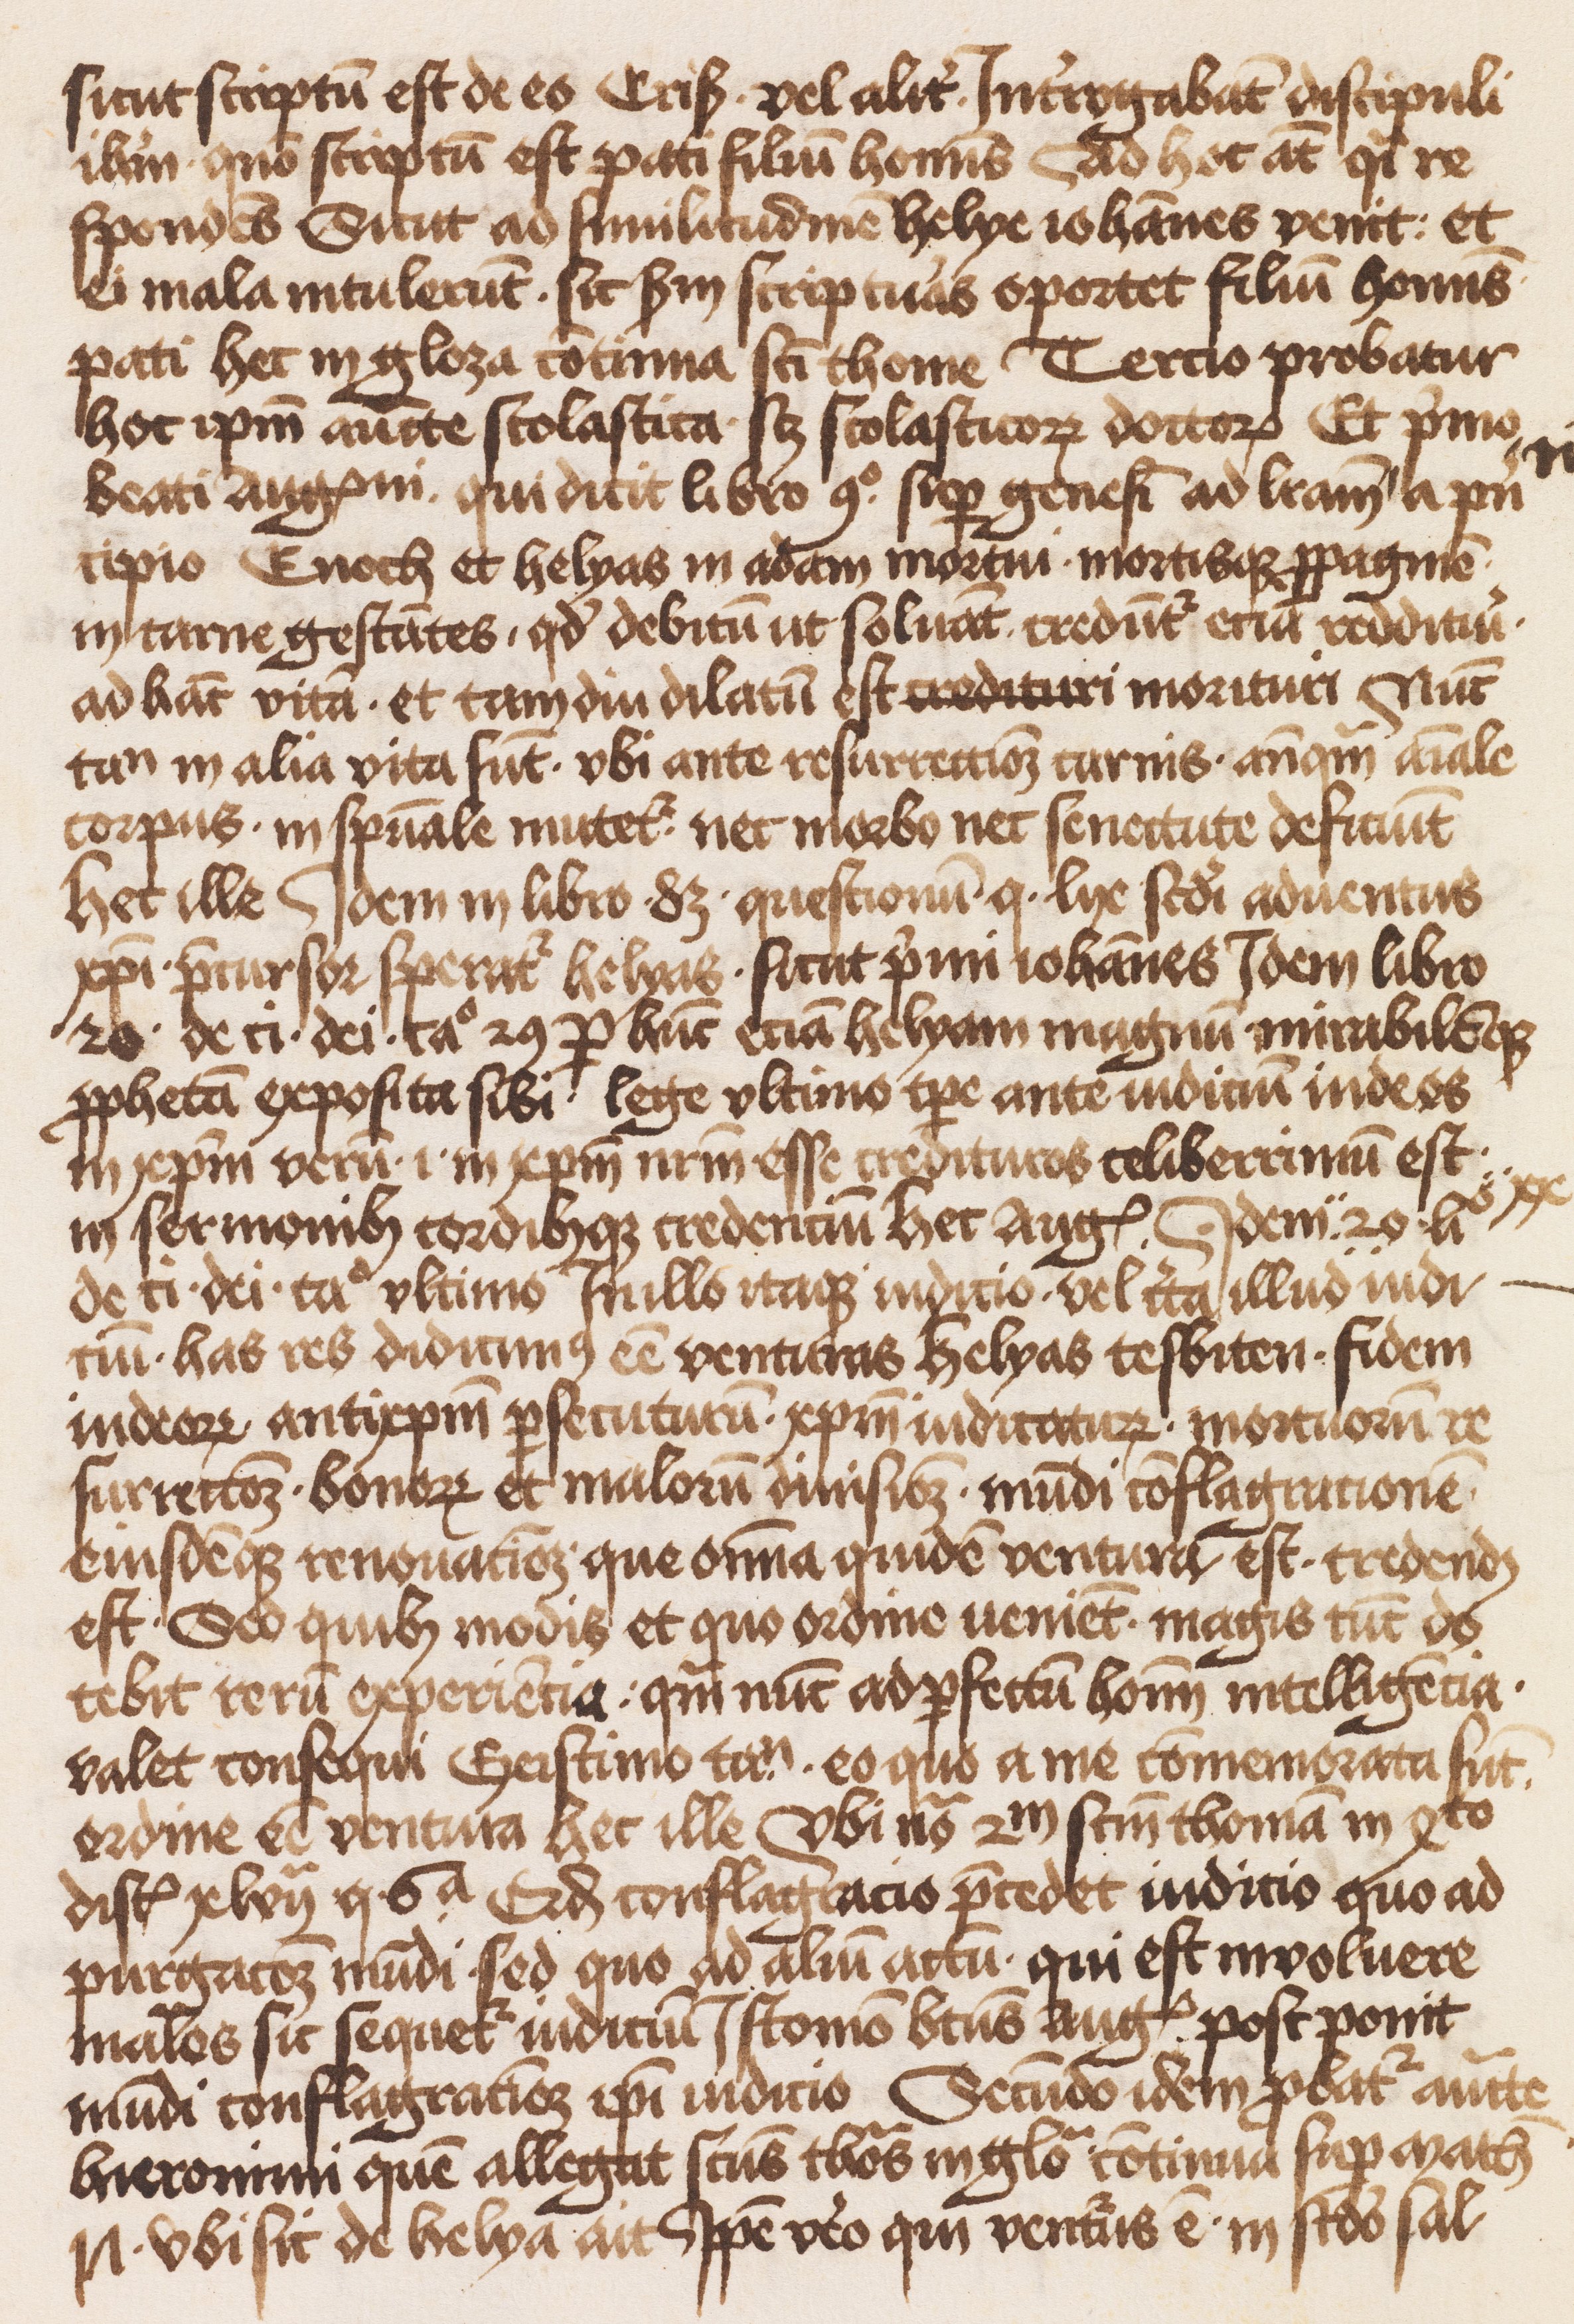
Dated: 1471–1501